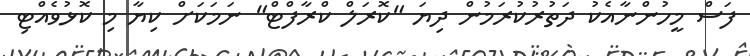
ފަސް މީހުންނާއެކު ދަތުރުކުރަމުން ދިޔަ "ކޮރަލް ކްރާފްޓް" ނަމަކަށް ކިޔާ މި ކޮޅުވެއްޓި